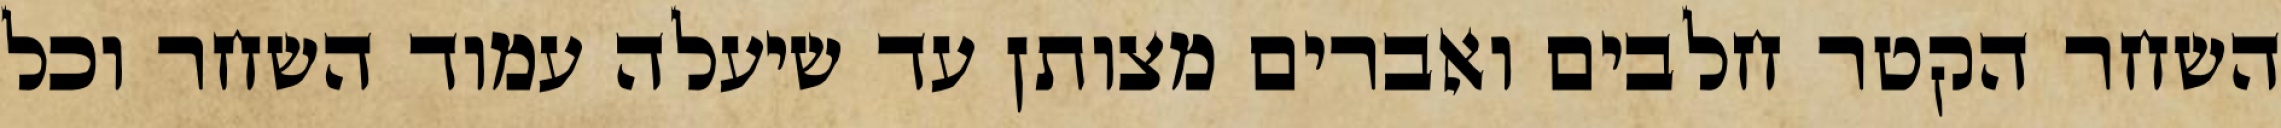
השחר הקטר חלבים ואברים מצותן עד שיעלה עמוד השחר וכל